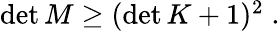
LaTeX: \begin{array}{r}{\operatorname*{det}M\geq(\operatorname*{det}K+1)^{2}\; .}\end{array}